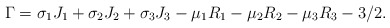
\begin{align*} \Gamma=\sigma_1 J_1+\sigma_2 J_2+\sigma_3 J_3-\mu_1 R_1-\mu_2 R_2-\mu_3 R_3-3/2.\end{align*}